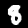
Digit: 8